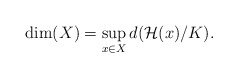
\begin{align*} \dim (X) = \sup_{x\in X} d( \mathcal{H}(x) /K). \end{align*}